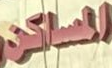
المساكن